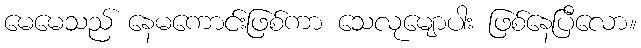
မေမေသည် နေမကောင်းဖြစ်ကာ သေလုမျောပါး ဖြစ်နေပြီလော။